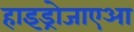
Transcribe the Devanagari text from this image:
हाइड्रोजाएआ